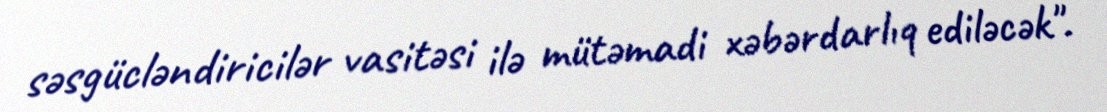
səsgücləndiricilər vasitəsi ilə mütəmadi xəbərdarlıq ediləcək".